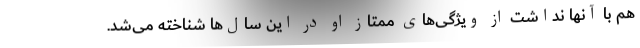
هم با آنها نداشت از ویژگی‌های ممتاز او در این سال‌ها شناخته می‌شد.